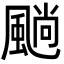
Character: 𩗵